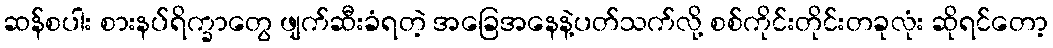
ဆန်စပါး စားနပ်ရိက္ခာတွေ ဖျက်ဆီးခံရတဲ့ အခြေအနေနဲ့ပတ်သက်လို့ စစ်ကိုင်းတိုင်းတခုလုံး ဆိုရင်တော့